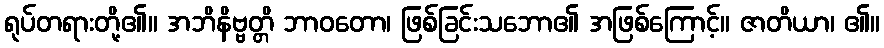
ရုပ်တရားတို့၏။ အဘိနိဗ္ဗတ္တိ ဘာဝတော၊ ဖြစ်ခြင်းသဘော၏ အဖြစ်ကြောင့်။ ဇာတိယာ၊ ၏။